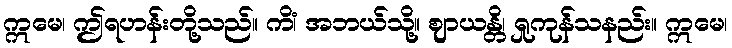
ဣမေ၊ ဤရဟန်းတို့သည်။ ကိံ၊ အဘယ်သို့။ ဈာယန္တိ၊ ရှုကုန်သနည်း။ ဣမေ၊